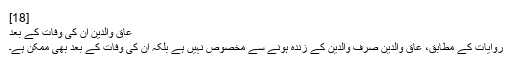
[18]
عاق والدین ان کی وفات کے بعد
روایات کے مطابق، عاق والدین صرف والدین کے زندہ ہونے سے مخصوص نہیں ہے بلکہ ان کی وفات کے بعد بھی ممکن ہے۔